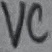
Text: VC